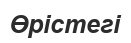
Өрістегі